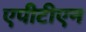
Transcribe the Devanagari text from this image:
एपीटीएन